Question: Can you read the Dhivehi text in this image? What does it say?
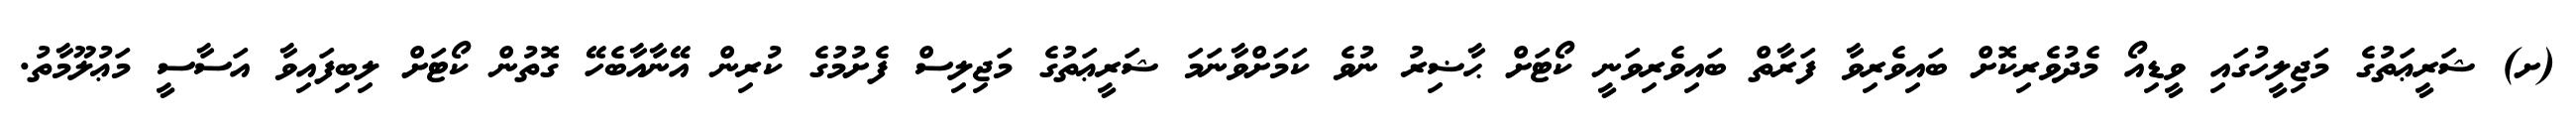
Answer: (ށ) ޝަރީޢަތުގެ މަޖިލީހުގައި ވީޑިއޯ މެދުވެރިކޮށް ބައިވެރިވާ ފަރާތް ބައިވެރިވަނީ ކޯޓަށް ޙާޟިރު ނުވެ ކަމަށްވާނަމަ ޝަރީޢަތުގެ މަޖިލިސް ފެށުމުގެ ކުރިން އޭނާއާބެހޭ ގޮތުން ކޯޓަށް ލިބިފައިވާ އަސާސީ މަޢުލޫމާތު.